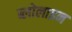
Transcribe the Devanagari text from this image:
ब्लोलाइन